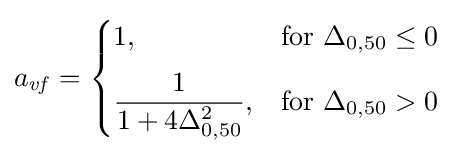
a_{\mathit {vf}}={\begin{cases}1,&\mathrm {for} \ \Delta _{0,50}\leq 0\\[6pt]{\dfrac {1}{1+4\Delta _{0,50}^{2}}},&\mathrm {for} \ \Delta _{0,50}>0\end{cases}}